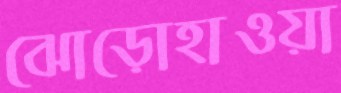
ঝোড়োহাওয়া